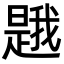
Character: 𭧦